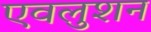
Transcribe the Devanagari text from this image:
एवलुशन